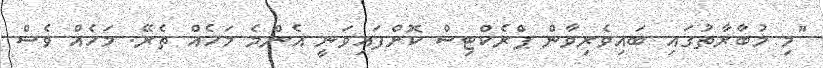
"މި މުބާރާތުގައި ބައިވެރިވާން ޕްރެކްޓިސް ކޮށްފައިވަނީ އެންމެ މަހެއް ތެރޭ. މަހެއް ވެސް